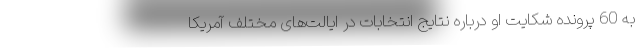
به 60 پرونده شکایت او درباره نتایج انتخابات در ایالت‌های مختلف آمریکا